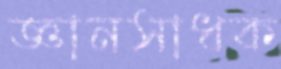
জ্ঞানসাধক